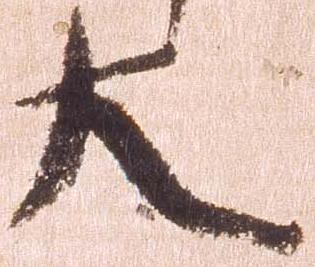
大